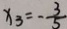
x _ { 3 } = - \frac { 3 } { 5 }